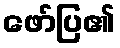
ဖော်ပြ၏